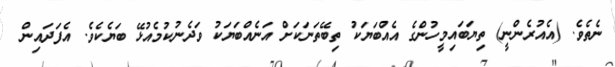
ނެތެވެ. (އެއުރެންނީ) ތިޔަބައިމީހުންގެ އެއްބަޔަކު ތިބޭތަނަކަށް އަނެއްބަޔަކު ވަދެނުކުމެއުޅޭ ބަޔެކެވެ. އެފަދައިން